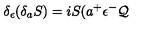
\delta _ { \epsilon } ( \delta _ { a } S ) = i S ( a ^ { + } \epsilon ^ { - } \mathcal { Q }